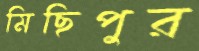
মিছিপুর